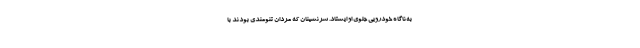
به‌ناگاه خودرویی جلوی او ایستاد. سرنشینان که مردان تنومندی بودند با